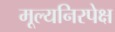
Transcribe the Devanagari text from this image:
मूल्यनिरपेक्ष